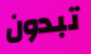
تبدون